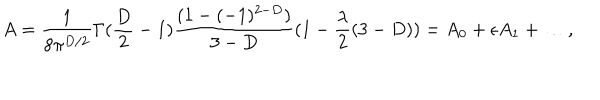
A = \frac { 1 } { 8 \pi ^ { D / 2 } } \Gamma ( \frac { D } { 2 } - 1 ) \frac { ( 1 - ( - 1 ) ^ { 2 - D } ) } { 3 - D } ( 1 - \frac { \lambda } { 2 } ( 3 - D ) ) = A _ { 0 } + \epsilon A _ { 1 } + \ldots ,